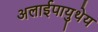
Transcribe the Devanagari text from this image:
अलाईपायुथेय